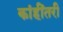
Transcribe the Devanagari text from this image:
कांहींतरी